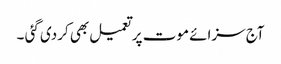
آج سزائے موت پر تعمیل بھی کردی گئی ۔